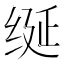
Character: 𫄧